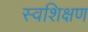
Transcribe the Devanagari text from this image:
स्वशिक्षण